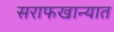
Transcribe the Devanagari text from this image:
सराफखान्यात